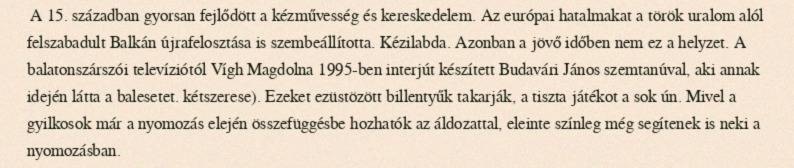
A 15. században gyorsan fejlődött a kézművesség és kereskedelem. Az európai hatalmakat a török uralom alól felszabadult Balkán újrafelosztása is szembeállította. Kézilabda. Azonban a jövő időben nem ez a helyzet. A balatonszárszói televíziótól Vígh Magdolna 1995-ben interjút készített Budavári János szemtanúval, aki annak idején látta a balesetet. kétszerese). Ezeket ezüstözött billentyűk takarják, a tiszta játékot a sok ún. Mivel a gyilkosok már a nyomozás elején összefüggésbe hozhatók az áldozattal, eleinte színleg még segítenek is neki a nyomozásban.